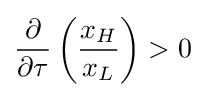
{\frac {\partial }{\partial \tau }}\left({\frac {x_{H}}{x_{L}}}\right)>0